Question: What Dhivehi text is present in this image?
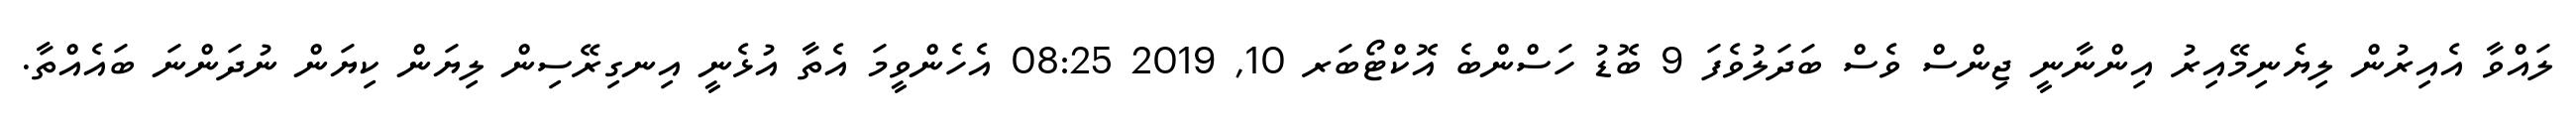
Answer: ލައްވާ އެއިރުން ލިޔެނިމޭއިރު އިންނާނީ ޖިންސް ވެސް ބަދަލުވެފަ 9 ބޮޑު ހަސްންބެ އޮކްޓޯބަރ 10, 2019 08:25 އެހެންވީމަ އެތާ އުޅެނީ އިނގިރޭސިން ލިޔަން ކިޔަން ނުދަންނަ ބައެއްތާ.